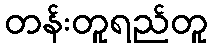
တန်းတူရည်တူ